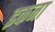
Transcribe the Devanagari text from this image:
इकना